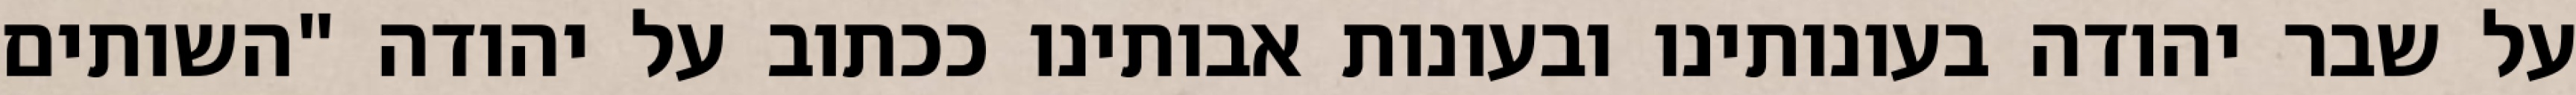
על שבר יהודה בעונותינו ובעונות אבותינו ככתוב על יהודה "השותים